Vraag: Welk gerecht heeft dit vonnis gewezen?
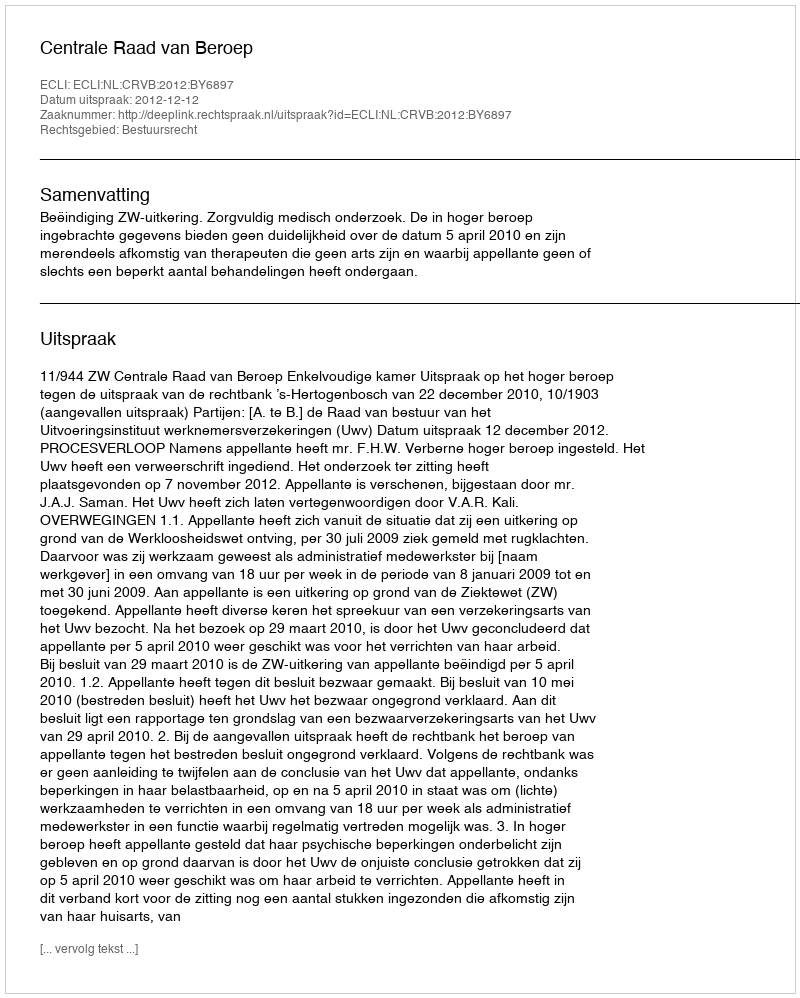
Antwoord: Centrale Raad van Beroep